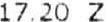
17.20 Z